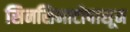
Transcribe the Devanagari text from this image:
सिनसिनाटीपासून